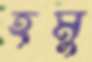
হমু